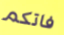
فاتكم